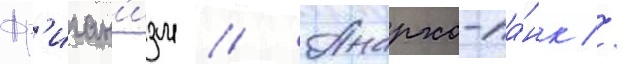
Фр'иган'изм // Анархо-па́нк //